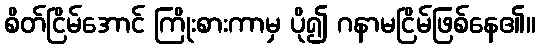
စိတ်ငြိမ်အောင် ကြိုးစားကာမှ ပို၍ ဂနာမငြိမ်ဖြစ်နေ၏။